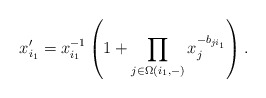
\begin{align*}x_{i_1}' = x_{i_1}^{-1}\left(1 + \prod_{j\in \Omega(i_1,-)} x_j^{-b_{ji_1}} \right).\end{align*}